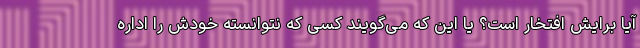
آیا برایش افتخار است؟ یا این که می‌گویند کسی که نتوانسته خودش را اداره